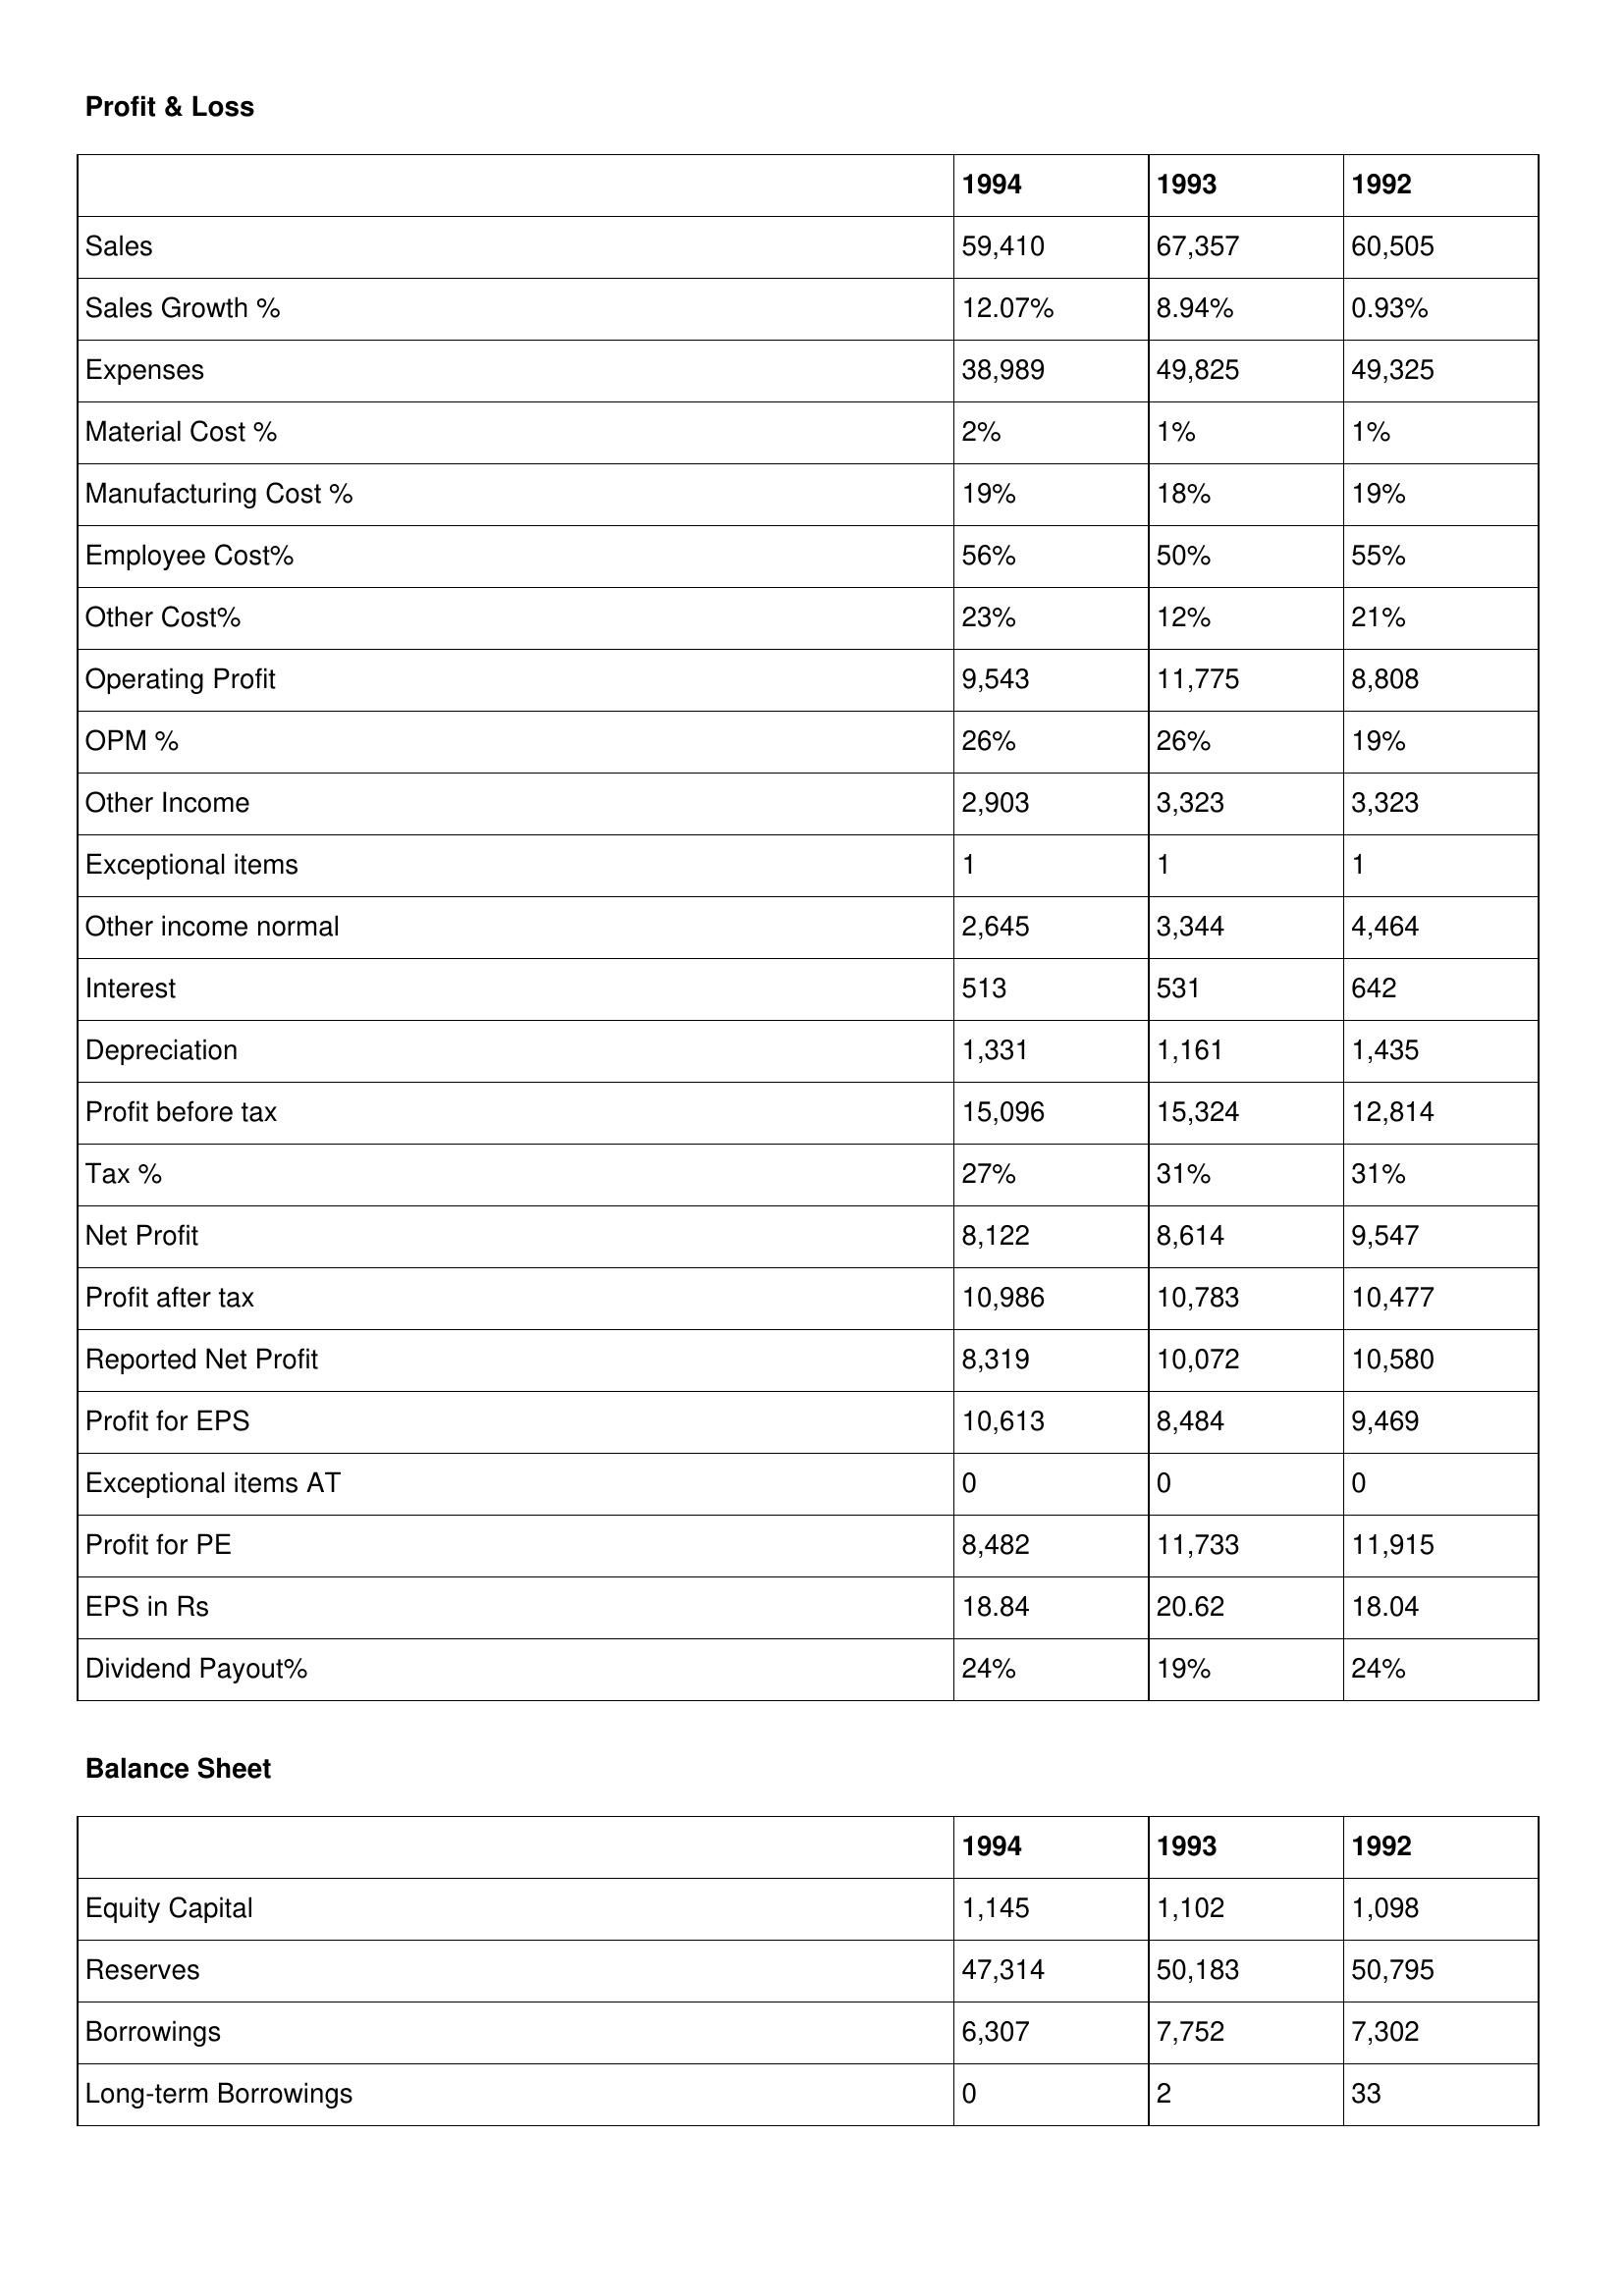
gt_parse: 1994: Profit & Loss: Sales: 59,410
Sales Growth %: 12.07%
Expenses: 38,989
Material Cost %: 2%
Manufacturing Cost %: 19%
Employee Cost%: 56%
Other Cost%: 23%
Operating Profit: 9,543
OPM %: 26%
Other Income: 2,903
Exceptional items: 1
Other income normal: 2,645
Interest: 513
Depreciation: 1,331
Profit before tax: 15,096
Tax %: 27%
Net Profit: 8,122
Profit after tax: 10,986
Reported Net Profit: 8,319
Profit for EPS: 10,613
Exceptional items AT: 0
Profit for PE: 8,482
EPS in Rs: 18.84
Dividend Payout%: 24%
Balance Sheet: Equity Capital: 1,145
Reserves: 47,314
Borrowings: 6,307
Long-term Borrowings: 0
1993: Profit & Loss: Sales: 67,357
Sales Growth %: 8.94%
Expenses: 49,825
Material Cost %: 1%
Manufacturing Cost %: 18%
Employee Cost%: 50%
Other Cost%: 12%
Operating Profit: 11,775
OPM %: 26%
Other Income: 3,323
Exceptional items: 1
Other income normal: 3,344
Interest: 531
Depreciation: 1,161
Profit before tax: 15,324
Tax %: 31%
Net Profit: 8,614
Profit after tax: 10,783
Reported Net Profit: 10,072
Profit for EPS: 8,484
Exceptional items AT: 0
Profit for PE: 11,733
EPS in Rs: 20.62
Dividend Payout%: 19%
Balance Sheet: Equity Capital: 1,102
Reserves: 50,183
Borrowings: 7,752
Long-term Borrowings: 2
1992: Profit & Loss: Sales: 60,505
Sales Growth %: 0.93%
Expenses: 49,325
Material Cost %: 1%
Manufacturing Cost %: 19%
Employee Cost%: 55%
Other Cost%: 21%
Operating Profit: 8,808
OPM %: 19%
Other Income: 3,323
Exceptional items: 1
Other income normal: 4,464
Interest: 642
Depreciation: 1,435
Profit before tax: 12,814
Tax %: 31%
Net Profit: 9,547
Profit after tax: 10,477
Reported Net Profit: 10,580
Profit for EPS: 9,469
Exceptional items AT: 0
Profit for PE: 11,915
EPS in Rs: 18.04
Dividend Payout%: 24%
Balance Sheet: Equity Capital: 1,098
Reserves: 50,795
Borrowings: 7,302
Long-term Borrowings: 33